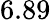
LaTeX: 6.89